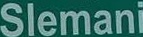
Slemani